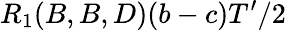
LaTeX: R_{1}(B,B,D)(b-c)T^{\prime}/2